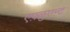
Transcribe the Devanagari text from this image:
एफ़्लुएन्ट